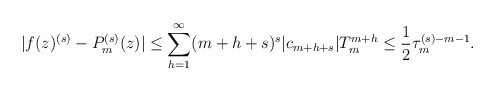
\begin{align*}\vert f(z)^{(s)}-P_{m}^{(s)}(z)\vert \leq \sum_{h=1}^{\infty} (m+h+s)^{s}\vert c_{m+h+s}\vert T_{m}^{m+h}\leq \frac{1}{2}\tau_{m}^{(s) -m-1}.\end{align*}